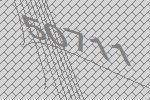
50711